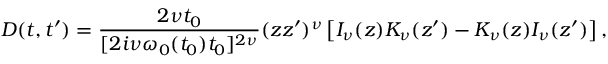
D ( t , t ^ { \prime } ) = \frac { 2 \nu t _ { 0 } } { [ 2 i \nu \omega _ { 0 } ( t _ { 0 } ) t _ { 0 } ] ^ { 2 \nu } } ( z z ^ { \prime } ) ^ { \nu } \left[ I _ { \nu } ( z ) K _ { \nu } ( z ^ { \prime } ) - K _ { \nu } ( z ) I _ { \nu } ( z ^ { \prime } ) \right] ,